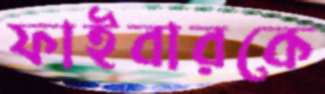
ফাইবারকে